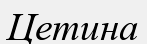
Цетина